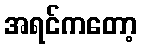
အရင်ကတော့